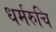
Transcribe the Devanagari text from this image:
धर्मरुचि